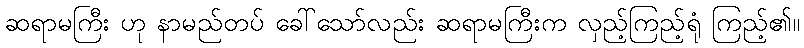
ဆရာမကြီး ဟု နာမည်တပ် ခေါ်သော်လည်း ဆရာမကြီးက လှည့်ကြည့်ရုံ ကြည့်၏။